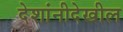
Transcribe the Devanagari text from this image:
देशांनीदेखील